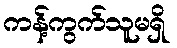
ကန့်ကွက်သူမရှိ